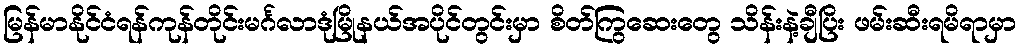
မြန်မာနိုင်ငံရန်ကုန်တိုင်းမင်္ဂလာဒုံမြိုနယ်အပိုင်တွင်းမှာ စိတ်ကြွဆေးတွေ သိန်းနဲ့ချီပြိး ဖမ်းဆီးရမိရာမှာ